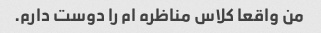
من واقعا کلاس مناظره ام را دوست دارم.